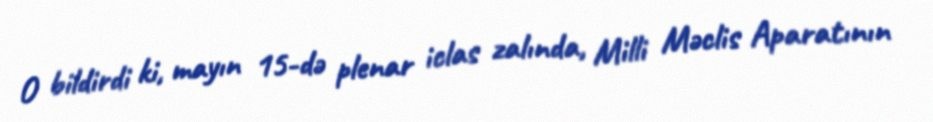
O bildirdi ki, mayın 15-də plenar iclas zalında, Milli Məclis Aparatının